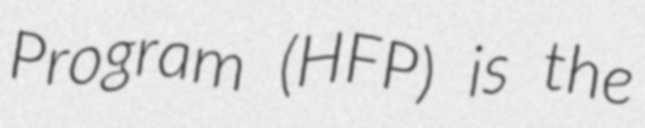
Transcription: Program (HFP) is the